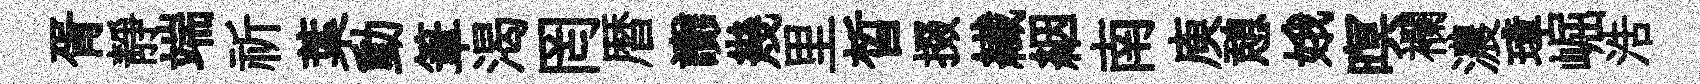
胥靜端祈葉動筆渴罔暦讟幾里晳掇纎絪南庾憩娥暝襴濃璋崛浩